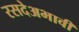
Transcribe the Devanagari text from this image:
रसदेअभावी